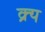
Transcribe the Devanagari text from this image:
क्र्य